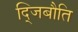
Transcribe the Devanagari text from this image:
द्जिबौति